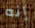
إنه